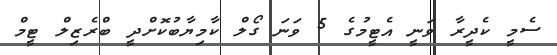
ސެމީ ކެދީރާ ވަނީ އެޓީމުގެ 5 ވަނަ ގޯލް ކާމިޔާބުކޮށްދީ ބްރެޒިލް ޓީމް